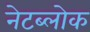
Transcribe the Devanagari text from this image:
नेटब्लोक